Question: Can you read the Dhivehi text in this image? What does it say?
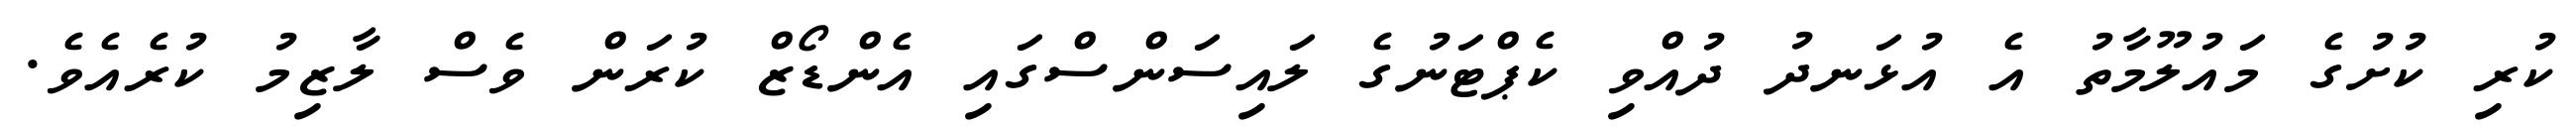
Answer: ކުރި ކުށުގެ މައުލޫމާތު އެ އުޅަނދު ދުއްވި ކެޕްޓަނުގެ ލައިސަންސްގައި އެންޑޯޒް ކުރަން ވެސް ލާޒިމު ކުރެއެވެ.